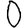
Digit: 0